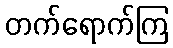
တက်ရောက်ကြ